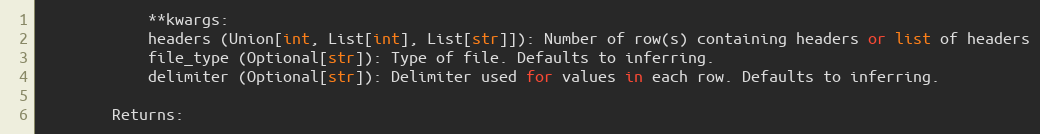
Language: Python
            **kwargs:
            headers (Union[int, List[int], List[str]]): Number of row(s) containing headers or list of headers
            file_type (Optional[str]): Type of file. Defaults to inferring.
            delimiter (Optional[str]): Delimiter used for values in each row. Defaults to inferring.

        Returns: